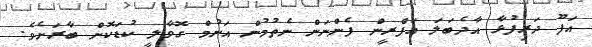
އަފޫ ދަރިފުޅާ އާދެބަލަ އަފްރީން ފެންނަން ނެތުމުން އަނުމް ގޮވާލީ ކުޑަކޮށް ބާރަށެވެ.